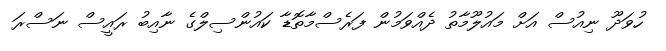
ހުވަދޫ ނިއުސް އަށް މައުލޫމާތު ދެއްވަމުން ފަރެސްމާތޮޑާ ކައުންސިލްގެ ނާއިބު ރައީސް ނަސްރަ